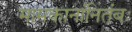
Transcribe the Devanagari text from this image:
मामकानांनितंबः